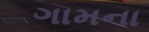
ગામના